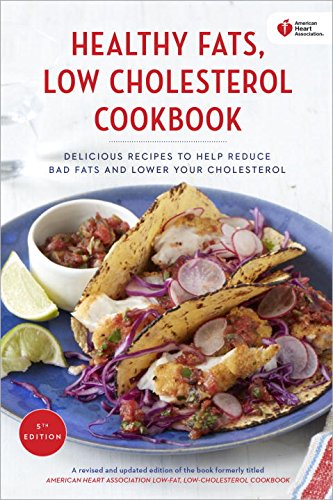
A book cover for American Heart Association Healthy Fats, Low-Cholesterol Cookbook: Delicious Recipes to Help Reduce Bad Fats and Lower Your Cholesterol; American Heart Association; Cookbooks, Food & Wine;